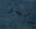
السر